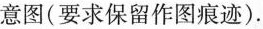
意图(要求保留作图痕迹).